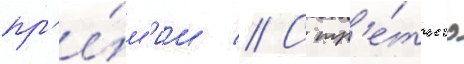
пр'е́м'ии // С тр'е́тьего